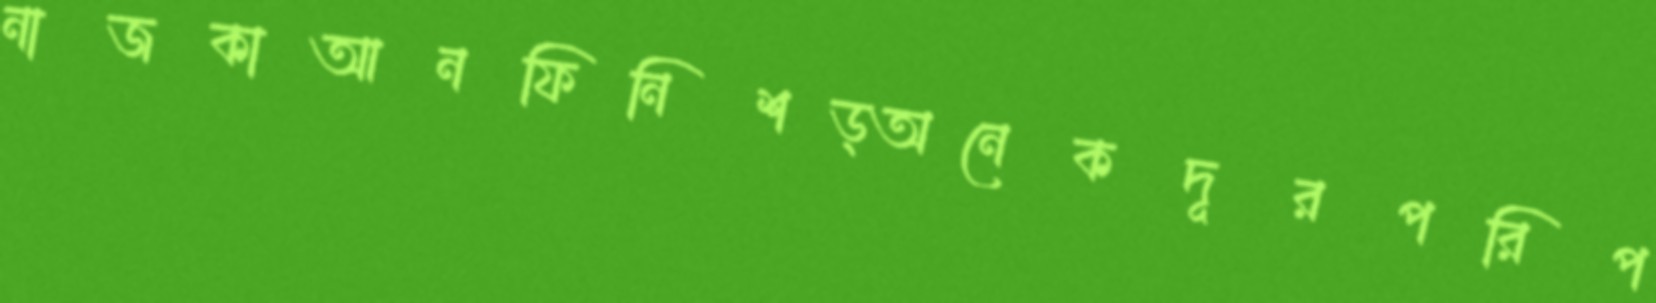
নাজকাআনফিনিশড্অনেকদূরপরিপ